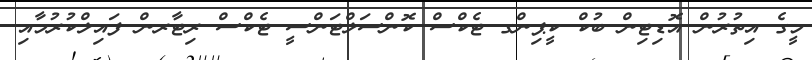
މީގެ އިތުރުން އޮޑިޓިން ބުކް ކީޕިންގ ޓެކްސް ކޮންސަލްޓަންސީ ޓެކްސް ރިޓާރން ފައިލްކުރުމާއި